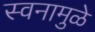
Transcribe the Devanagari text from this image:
स्वनामुळे